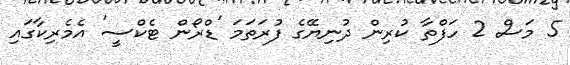
5 މަސް 2 ހަފްތާ ކުރިން ދުނިޔޭގެ ފުރަތަމަ 'ޑްރޯން ޓެކްސީ' އެމެރިކާގައި